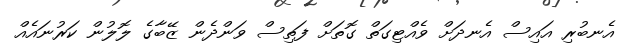
އެނބުރި އައިސް އެނދަށް ވެއްޓިގަތް ގޮތަށް ފަތިސް ވަންދެން ޒޭބާގެ ލޮލުން ކަރުނައެއް